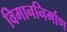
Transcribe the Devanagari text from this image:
विमाननिर्माण